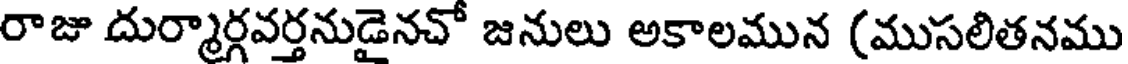
రాజూ దుర్మార్గవర్తనుడైనచో జనులు అకాలమున (ముసలితనము